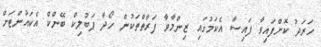
ހަރަދު ކޮށްފައިވާ ފައިސާ އެކަމުގައި ޒިންމާވާ ފަރާތްތަކުން ހޯދާ ޕަބުލިކް ބޭންކް އެކައުންޓަށް